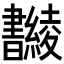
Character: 𣍚